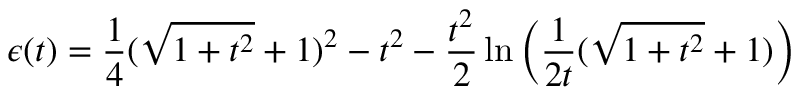
\epsilon ( t ) = { \frac { 1 } { 4 } } ( \sqrt { 1 + t ^ { 2 } } + 1 ) ^ { 2 } - t ^ { 2 } - { \frac { t ^ { 2 } } { 2 } } \ln { \left( { \frac { 1 } { 2 t } } ( \sqrt { 1 + t ^ { 2 } } + 1 ) \right) }